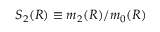
S _ { 2 } ( R ) \equiv m _ { 2 } ( R ) / m _ { 0 } ( R )